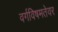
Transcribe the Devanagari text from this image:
वर्गविषमतेवर